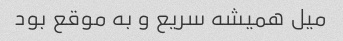
میل همیشه سریع و به موقع بود